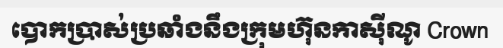
បោកប្រាស់ប្រឆាំងនឹងក្រុមហ៊ុនកាស៊ីណូ Crown